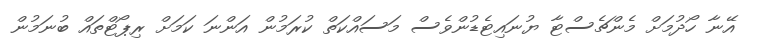
އޭނާ ހޯދުމަށް މެންޗެސްޓާ ޔުނައިޓެޑުންވެސް މަސައްކަތް ކުރަމުން އަންނަ ކަމަށް ރިޕޯޓްތައް ބުނަމުން